Problem: 3 + 33 = ?
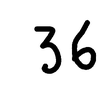
Handwritten answer: 36